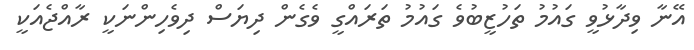
އޭނާ ވިދާޅުވީ ގައުމު ތަހުޒީބުވެ ގައުމު ތަރައްގީ ވެގެން ދިޔަސް ދިވެހިންނަކީ ރާއްޖެއަކީ